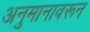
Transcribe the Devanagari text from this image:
अनुमानावरून